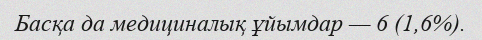
Басқа да медициналық ұйымдар — 6 (1,6%).